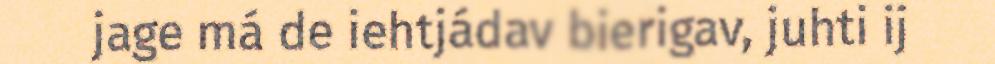
jage má de iehtjádav bierigav, juhti ij